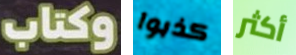
وكتاب كذبوا أكثر